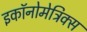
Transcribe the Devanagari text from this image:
इकॉनोमेट्रिक्स